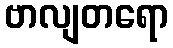
ဗာလျတရော